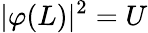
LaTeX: \vert\varphi(L)\vert^{2}=U